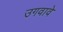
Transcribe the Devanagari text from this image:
उगवावे